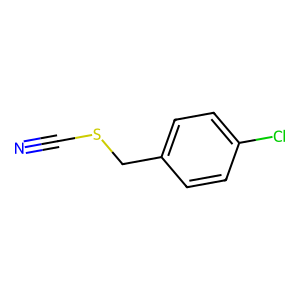
SMILES: N#CSCc1ccc(Cl)cc1
Inhibits HIV replication: No